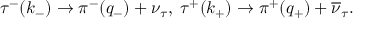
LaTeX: \tau ^ { - } ( k _ { - } ) \rightarrow \pi ^ { - } ( q _ { - } ) + \nu _ { \tau } , \; \tau ^ { + } ( k _ { + } ) \rightarrow \pi ^ { + } ( q _ { + } ) + \overline { { { \nu } } } _ { \tau } .